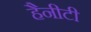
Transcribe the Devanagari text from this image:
हैनीटी